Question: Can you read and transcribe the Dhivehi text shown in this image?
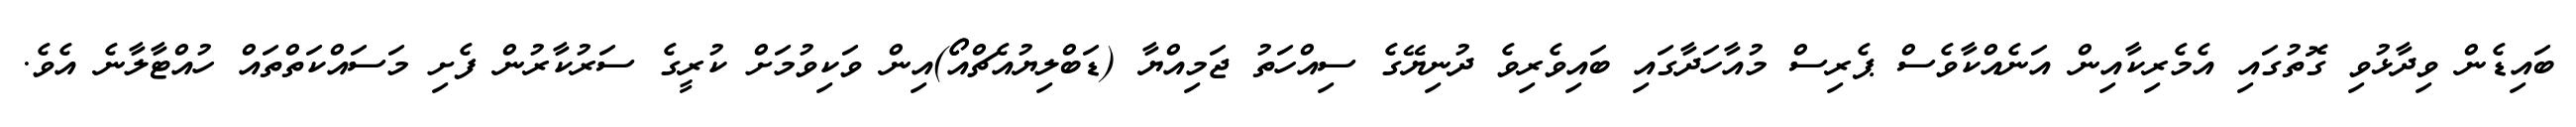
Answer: ބައިޑެން ވިދާޅުވި ގޮތުގައި އެމެރިކާއިން އަނެއްކާވެސް ޕެރިސް މުއާހަދާގައި ބައިވެރިވެ ދުނިޔޭގެ ސިއްހަތު ޖަމިއްޔާ (ޑަބްލިޔުއެޗްއޯޯ)އިން ވަކިވުމަށް ކުރީގެ ސަރުކާރުން ފެށި މަސައްކަތްތައް ހުއްޓާލާނެ އެވެ.